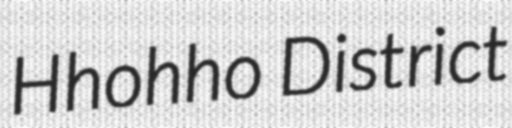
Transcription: Hhohho District